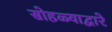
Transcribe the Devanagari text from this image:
सोहळ्याद्वारे